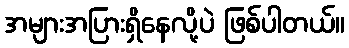
အများအပြားရှိနေလို့ပဲ ဖြစ်ပါတယ်။